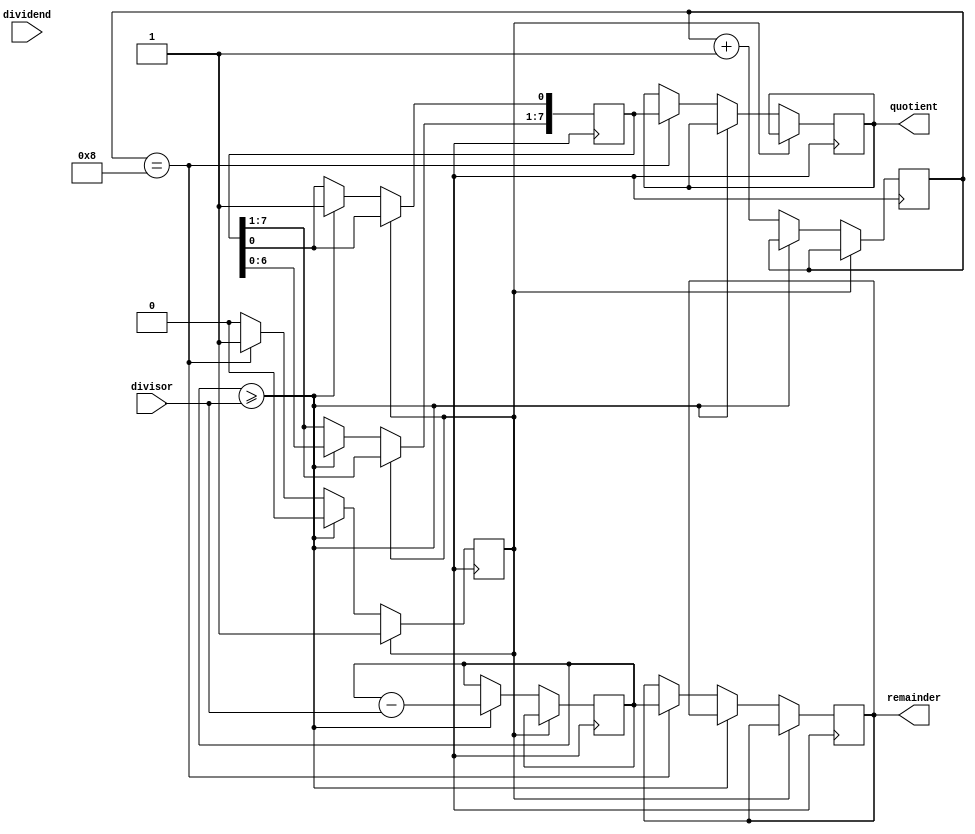
module binary_divider (
    input [7:0] dividend,
    input [7:0] divisor,
    output reg [7:0] quotient,
    output reg [7:0] remainder
);

reg [7:0] current_remainder;
reg [7:0] current_quotient;
reg [3:0] shift_count;
reg done;

always @(posedge clk) begin
    if (!done) begin
        if (current_remainder >= divisor) begin
            current_remainder <= current_remainder - divisor;
            current_quotient <= current_quotient << 1;
            current_quotient[0] <= 1;
        end else begin
            shift_count <= shift_count + 1;
            if (shift_count == 8) begin
                quotient <= current_quotient;
                remainder <= current_remainder;
                done <= 1;
            end
        end
    end
end

endmodule